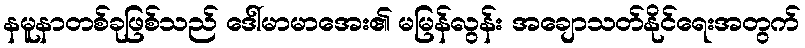
နမူနာတစ်ခုဖြစ်သည် ဒေါ်မာမာအေး၏ မမြန်လွန်း အချောသတ်နိုင်ရေးအတွက်